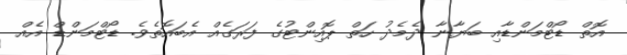
އޮތް ޑޯޓްމަންޑާއި ބަޔާނާ ދެމެދު ހަތް ޕޮއިންޓުގެ ފަރަގެއް އެބައޮތެވެ. ޑޯޓްމަންޑް އެއް